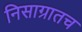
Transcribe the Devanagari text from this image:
निसाग्रातच